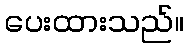
ပေးထားသည်။